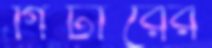
গিটারের